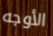
الأوجه